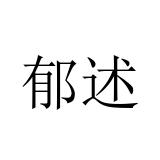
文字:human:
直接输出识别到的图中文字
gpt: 郁述